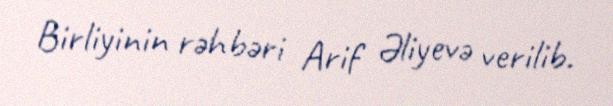
Birliyinin rəhbəri Arif Əliyevə verilib.